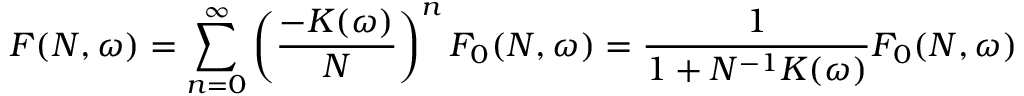
{ \cal F } ( N , \omega ) = \sum _ { n = 0 } ^ { \infty } \left( \frac { - K ( \omega ) } { N } \right) ^ { n } { \cal F } _ { 0 } ( N , \omega ) = \frac { 1 } { 1 + N ^ { - 1 } K ( \omega ) } { \cal F } _ { 0 } ( N , \omega )